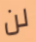
لن